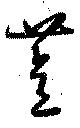
薏